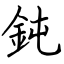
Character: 鈍